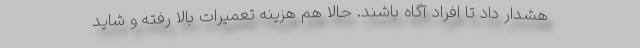
هشدار داد تا افراد آگاه باشند. حالا هم هزینه تعمیرات بالا رفته و شاید